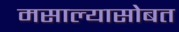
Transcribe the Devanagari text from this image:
मसाल्यासोबत